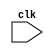
module my_module (
    input clk,
    // other input and output ports here
);

// Define registers and wires here

always @ (negedge clk) begin
    // Sequential logic operations here
end

endmodule